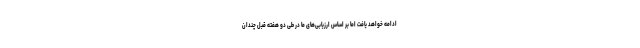
ادامه خواهد یافت اما بر اساس ارزیابی‌های ما در طی دو هفته قبل چندان